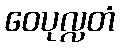
ဝေပုလ္လတံ